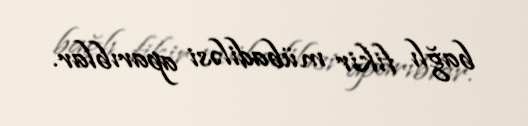
bağlı fikir mübadiləsi aparıblar.